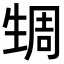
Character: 𬎹